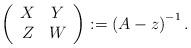
LaTeX: \begin{align*}\left( {\begin{array}{*{20}c}X & Y\\Z & W\\\end{array} } \right):={(A-z)}^{-1}\thinspace .\end{align*}